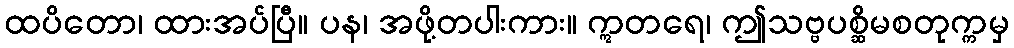
ထပိတော၊ ထားအပ်ပြီ။ ပန၊ အဖို့တပါးကား။ ဣတရေ၊ ဤသဗ္ဗပစ္ဆိမစတုက္ကမှ